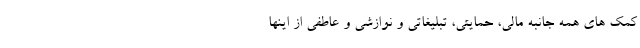
کمک های همه جانبه مالی، حمایتی، تبلیغاتی و نوازشی و عاطفی از اینها